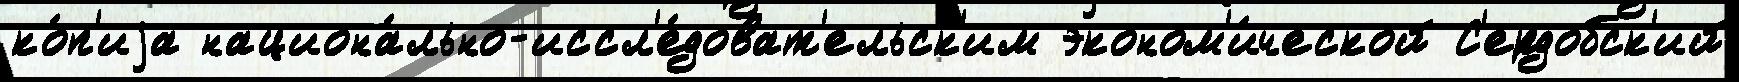
ко́п'иjа национа́льно-иссл'е́доват'ельск'им эконом'и́ческой С'ердобск'ий